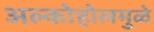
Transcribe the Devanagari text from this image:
अल्कोहोलमुळे